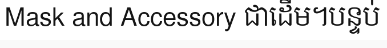
Mask and Accessory ជាដើម។បន្ទប់